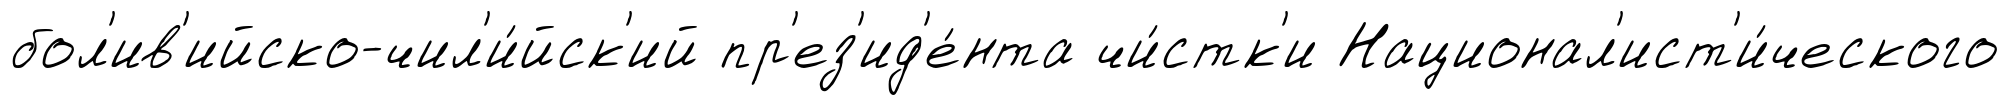
бол'ив'ийско-чил'и́йск'ий пр'ез'ид'е́нта чи́стк'и Национал'ист'и́ческого